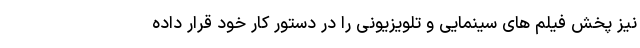
نیز پخش فیلم های سینمایی و تلویزیونی را در دستور کار خود قرار داده